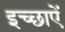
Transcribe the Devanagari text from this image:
इच्छाऐं